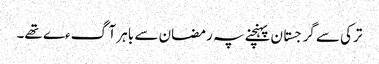
ترکی سے گرجستان پہنچنے پہ رمضان سے باہر آگءے تھے۔